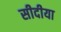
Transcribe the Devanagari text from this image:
सीदीया